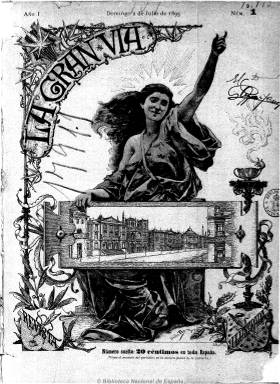
Título: La Gran Vía (Madrid)
Colección: Revistas de información general
Ámbito geográfico: Madrid
Lugar de publicación: Madrid
Fechas: 02/07/1893-14/12/1895

Revista semanal ilustrada, fundada por el prolífico dramaturgo, poeta y periodista festivo y humorístico sevillano de ideas progresistas Felipe Pérez y González (1854-1910), a cuya publicación le dará el mismo título que la obra del género chico de la que había sido autor de su letra, con música de Federico Chueca (1846-1910) y Joaquín Valverde (1846-1910), proporcionándole uno de los mayores éxitos conocidos en España y América. Aparece su primer número el dos de julio de 1893, exactamente siete años después del estreno de la famosa zarzuela La Gran Vía (1886), ayudado en la administración de la publicación por el comerciante y poeta festivo Gaspar Abati, con quien compartirá la propiedad. Felipe Pérez, aunque seguirá publicando sus textos, dejó de dirigirla a partir de su número 8, de 20 de agosto de 1893, cuando el también dramaturgo, poeta y periodista Carlos Frontaura (1834-1910) le sustituye en la dirección y aparezca así indicado en la cabecera hasta el número 38, de 18 de marzo de 1894. A éste le reemplaza en la dirección Salvador Rueda (1857-1933), constando así desde el número 76, de nueve de diciembre de 1894, hasta el número 115, de ocho de septiembre de 1895, compartiendo el fecundo poeta y periodista malagueño la propiedad con Abati. La revista seguirá publicándose, ya con nueva empresa, hasta su número 127, de catorce de diciembre de ese año, en el que anuncia su desaparición.

Se trata de una publicación de contenido misceláneo y aunque no le falten contenidos informativos, serán  especialmente los de carácter literario, en verso y en prosa (breves narraciones), los que denoten su importancia, tendiendo todos ellos al humor, lo irónico y lo burlesco y al costumbrismo satírico, tal como señala Marta Palenque en sus trabajos sobre esta revista, especialmente bajo la dirección de Salvador Rueda (2001 y 2002). Su carácter ilustrado (en huecograbado y fotograbado) es asimismo de gran importancia, pues es un ejemplo de la evolución que se está produciendo en este campo en esta década finisecular, en el que se mezclan las reproducciones artísticas de obras pictóricas y escultóricas de autores coetáneos, los apuntes al natural, la composición de dibujos tomados de fotografías y la inserción de éstas. Además de la no menos importante presencia del grafismo humorístico, a través de los denominados “monos”, tipos y escenas populares, chistes, viñetas, historietas o tiras cómicas, así como retratos, caricaturas y otros dibujos de literatos o artistas. Reproduce además fototipias procedentes de La España ilustrada, por un contrato con Hauser y Menet, editores de esta revista.

Siempre con una ilustración ocupando su cubierta, sus entregas, de entre media docena y 16 páginas, compuestas a una o dos columnas y con paginación continuada anual, con formato menor de folio y con una veintena de ilustraciones de media, empezaron a salir cada domingo, primero de la imprenta de E. Rubiós y después de los talleres de los Sucesores de Rivadeneyra, para en su última etapa ser estampada de nuevo por la Tipografía de la Viuda e Hijos de Rubiñós. Al final tenía una sección bajo el epígrafe Menudencias, dedicada a charadas, enigmas, jeroglíficos y libros recibidos. Inserta anuncios publicitarios, que debieron hacer de la publicación una empresa rentable. López Ruiz (2006) señala que se trata de una “excelente” publicación, que obtuvo un gran éxito y en la que colaboraron los “mejores” escritores y artistas del momento.

La revista aglutinó a dramaturgos, poetas, literatos y periodistas festivos y humorísticos de la vieja escuela romántica y costumbrista y a jóvenes que apuntaban hacia el modernismo, sucediendo algo similar por sus contenidos artísticos, por lo que se trata de una publicación que cabalga entre lo decimonónico y el modernismo. Entre la larga nómina de sus colaboradores literarios en prosa y en verso se encuentran el propio Felipe Pérez, que también usa su seudónimo Tello Téllez; el poeta Ramón de Campoamor (1817-1901); Rafael María Liern (1832-1897), el polifacético escritor y periodista Manuel Ossorio y Bernard (1839-1904); el dramaturgo y periodista José Fernández Bremón (1839-1910); el libretista y escritor Mariano Pina Domínguez (1840-1895); el dramaturgo, periodista y humorista Miguel Ramos Carrión (1848-1915); el literato Ángel Rodríguez Chaves (1849-1909); el dramaturgo y poeta Tomás Luceño (1844-1933); el popular periodista y escritor Juan Pérez Zúñiga (1860-1938), así como otros literatos: Eduardo del Palacio, Ricardo Monasterio, Enrique Sepúlveda, Sinesio Delgado, Manuel Soriano, Luis Taboada, Antonio Sánchez Pérez, Julio Romero Garmendia, Eduardo Zamora Caballero, Eduardo Feliú y Boada, Pedro Bofill, Antonio Montalbán, Eduardo Saco, Federico Urrecha, José Estremera, Dionisio Pérez, Alejandro Larrubiera, Manuel Reina, Luis Pardo, Vital Aza, Eduardo de Lustonó, Ramón A. Urbano, Pedro J. Solas, F. Moreno Godino o A. de Barros y Pérez.

Entre sus ilustradores estuvieron el pintor y grabador Tomás Campuzano (1857-1934); el también pintor Juan Martínez Abades (1862-1920), los dibujantes y caricaturistas Alfredo Perea (1839-1895), Ramón Cilla (1859-1937) y Eduardo Sáenz Hermúa (1859-1898), que usaba el seudónimo Mecachis, así como Tomás Martín, Enrique de Soria Santa Cruz, Fernando Alberti, Enrique Estevan, F. Escudé, P. Rojas, M. Picolo, S. Crosby o E. Mathias, entre otros muchos. Publica fotografías de las playas de Santander, Gijón o San Sebastián, procedentes de sus corresponsales, así como dibujos de la campaña del Rif, remitidos por Ernesto Gutiérrez.

Tuvo secciones, como Actualidades o Lo del día, especie de crónica que firmaba Frontaura; Apuntes al natural, en la que desfilan personajes como el citado compositor Federico Chueca o el pintor Joaquín Sorolla, dibujados por Cilla, o Notas artísticas. Publica también páginas autógrafas de escritores, como la de Jacinto Octavio Picón; cónicas taurinas, así como otras informaciones sobre teatros, música, arte, deportes (ciclismo), asuntos religiosos o militares, o los acontecimientos prebélicos cubanos.

Palenque señala que al tomar la dirección Salvador Rueda, cambió su línea editorial, acentuando su faceta artístico-literaria y ocupando la poesía una posición más relevante en sus páginas, especialmente procedente de nuevos y jóvenes autores, en gran parte andaluces; aumentando su colaboración, en su parte artística, tres hermanos Romero de Torres (Enrique, Julio y Rafael), con dibujos e ilustraciones para las cubiertas o páginas centrales, así como el pintor granadino Ernesto Gutiérrez, como ilustrador fijo, adoptando la revista un carácter andalucista evidente. El propio Rueda, que usó el seudónimo Quioquiap y a veces la inicial de su apellido –R-,  será el autor de su propia sección poética, titulada Mi álbum, en un momento en el que era considerado guía y promotor de la nueva juventud poética, que iniciaba caminos proclives al modernismo, como así señala Palenque (2001), y en las páginas de la revista Rubén Darío publicará cuatro prosas poéticas de si libro Azul.

En las últimas entregas de 1893 y 1894 inserta un índice de las materias contenidas en cada tomo, con indicación de autores, tanto literarios como artísticos. Publicará también un Almanaque de La Gran Vía para el año 1894, de 58 páginas, y un número extraordinario en enero de 1895.